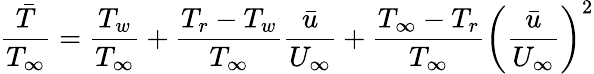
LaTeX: \frac{\bar{T}}{T_{\infty}}=\frac{T_{w}}{T_{\infty}}+\frac{T_{r}-T_{w}}{T_{\infty}}\frac{\bar{u}}{U_{\infty}}+\frac{T_{\infty}-T_{r}}{T_{\infty}}\left(\frac{\bar{u}}{U_{\infty}}\right)^{2}